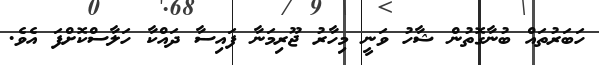
ހަބަރުތައް ބުނާގޮތުން ޝާހު ވަނީ މިހާރު ޖޫރިމަނާ ފައިސާ ދައްކާ ހަލާސްކޮށްފަ އެވެ.